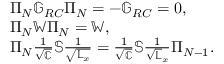
\begin{array} { r l } & { \Pi _ { N } \mathbb { G } _ { R C } \Pi _ { N } = - \mathbb { G } _ { R C } = 0 , } \\ & { \Pi _ { N } \mathbb { W } \Pi _ { N } = \mathbb { W } , } \\ & { \Pi _ { N } \frac { 1 } { \sqrt { \mathbb { C } } } \mathbb { S } \frac { 1 } { \sqrt { \mathbb { L } _ { x } } } = \frac { 1 } { \sqrt { \mathbb { C } } } \mathbb { S } \frac { 1 } { \sqrt { \mathbb { L } } _ { x } } \Pi _ { N - 1 } . } \end{array}